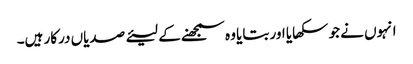
انہوں نے جو سکھایا اور بتایا وہ سمجھنے کے لیئے صدیاں درکار ہیں۔